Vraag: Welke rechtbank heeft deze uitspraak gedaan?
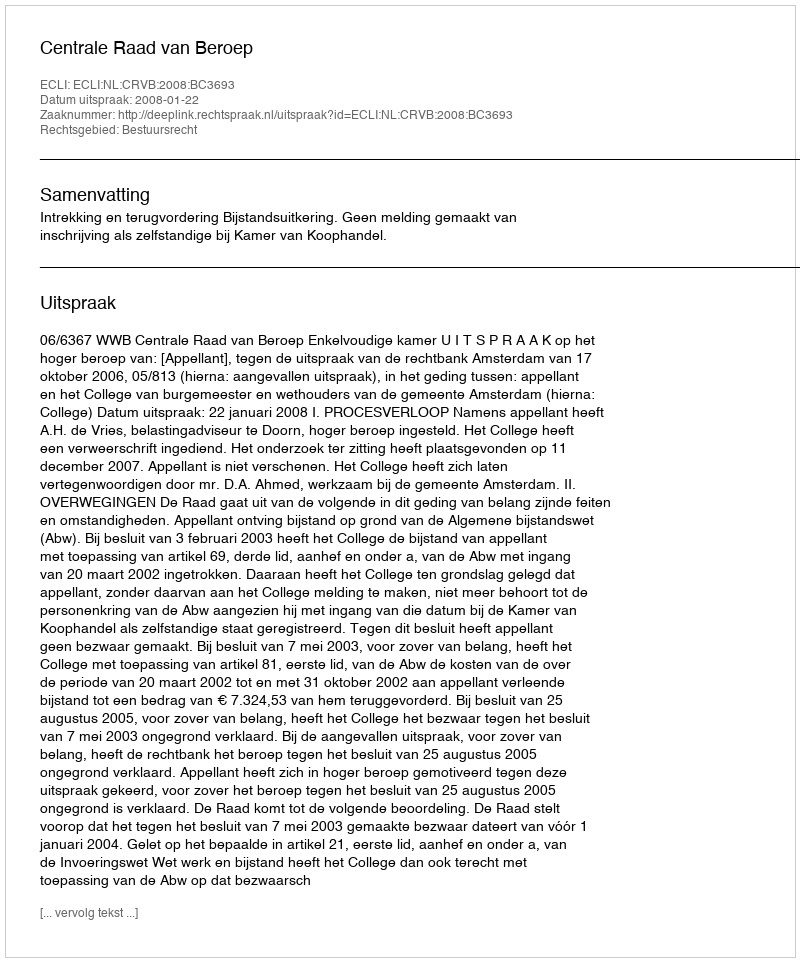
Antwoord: Centrale Raad van Beroep